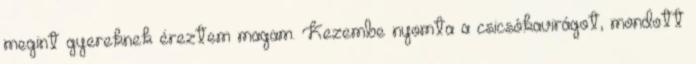
megint gyereknek éreztem magam. Kezembe nyomta a csicsókavirágot, mondott